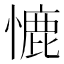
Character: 㦇